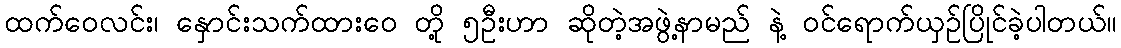
ထက်ဝေလင်း၊ နှောင်းသက်ထားဝေ တို့ ၅ဦးဟာ ဆိုတဲ့အဖွဲ့နာမည် နဲ့ ဝင်ရောက်ယှဉ်ပြိုင်ခဲ့ပါတယ်။